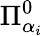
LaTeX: \Pi_{\alpha_{i}}^{0}